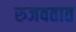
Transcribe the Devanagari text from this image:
रुजवतात